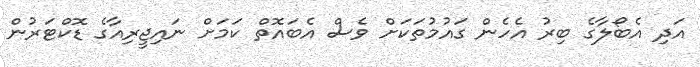
އަދި އެބޯލާގެ ބިރު އެހެން ގައުމުތަކަށް ވެސް އެބައޮތް ކަމަށް ނައިޖީރިއާގެ ޑޮކްޓަރުން